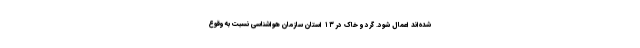
شده‌اند اعمال شود. گرد و خاک در ۱۳ استان سازمان هواشناسی نسبت به وقوع